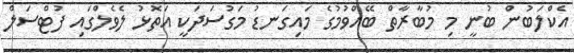
އެކްލަބުން ބުނީ މި މުބާރާތް ބޭއްވުމުގެ މައިގަނޑު މަގުސަދަކީ އަތޮޅު ލެވެލްގައި ފުޓްސަލް